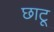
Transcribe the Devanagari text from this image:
छाटू